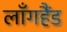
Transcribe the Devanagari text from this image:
लाँगहैंड